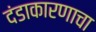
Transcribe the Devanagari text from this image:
दंडाकारणाचा